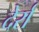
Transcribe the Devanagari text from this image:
देर्रा